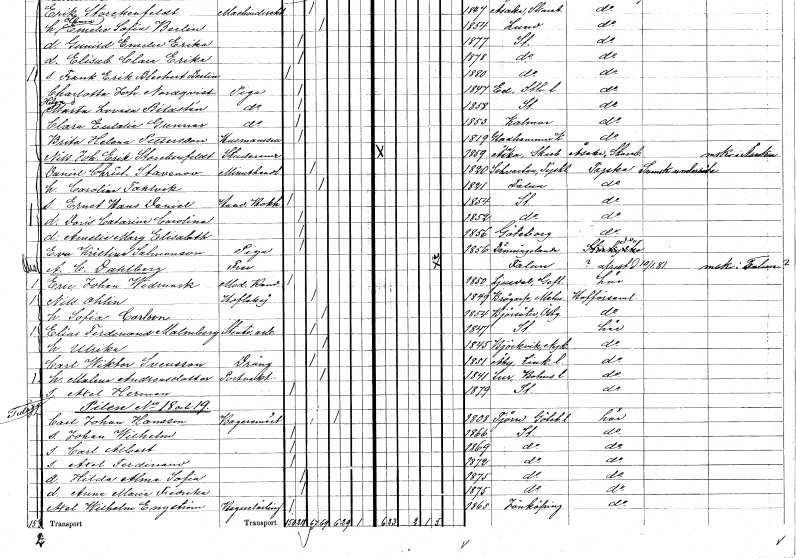
gt_parse: households: individuals: FN: Carolina
EN: Tahlvik
KON: K
CIV: G
FODAR: 1821
FODFORS: Falun Kopparbergs län
FN: Ernst Hans Daniel
YRKE: Handelsbokhållare
KON: M
CIV: O
FODAR: 1854
FODFORS: Stockholm
FN: Doris Catarina Carolina
KON: K
CIV: O
FODAR: 1852
FODFORS: Stockholm
FN: Amelie Mary Elisabeth
KON: K
CIV: O
FODAR: 1856
FODFORS: Göteborg Göteborgs- och Bohuslän
FN: Eva Kristina
EN: Salmonson
YRKE: Piga
KON: K
CIV: O
FODAR: 1856
FODFORS: Dänningelanda Kronobergs län
FN: A. C.
EN: Dahlberg
KON: K
CIV: E
FODAR: ????
FODFORS: Falun Kopparbergs län
FN: Eric Johan
EN: Widmark
YRKE: Medicine kandidat
KON: M
CIV: O
FODAR: 1850
FODFORS: Ljusdal Gävleborgs län
FN: Nils
EN: Ohlin
YRKE: Hovlakej
KON: M
CIV: G
FODAR: 1849
FODFORS: Brågarp Malmöhus län
FN: Sofia
EN: Carlson
KON: K
CIV: G
FODAR: 1854
FODFORS: Björsäter Östergötlands län
FN: Elias Ferdinand
EN: Malmberg
YRKE: Stentryckeriarbetare
KON: M
CIV: G
FODAR: 1847
FODFORS: Stockholm
FN: Ulrika
KON: K
CIV: G
FODAR: 1845
FODFORS: Björkvik Södermanlands län
FN: Carl Wiktor
EN: Svensson
YRKE: Dräng
KON: M
CIV: G
FODAR: 1851
FODFORS: Åby Östergötlands län
FN: Malena
EN: Andreasdotter
YRKE: Portvakt
KON: K
CIV: G
FODAR: 1841
FODFORS: Lur Göteborgs- och Bohuslän
FN: Axel Herman
KON: M
CIV: O
FODAR: 1879
FODFORS: Stockholm
FN: Carl Johan
EN: Hansson
YRKE: Bagarmästare
KON: M
CIV: E
FODAR: 1838
FODFORS: Tjörn Göteborgs- och Bohuslän
FN: Johan Wilhelm
KON: M
CIV: O
FODAR: 1866
FODFORS: Stockholm
FN: Carl Albert
KON: M
CIV: O
FODAR: 1869
FODFORS: Stockholm
FN: Axel Ferdinand
KON: M
CIV: O
FODAR: 1872
FODFORS: Stockholm
FN: Hilda Alma Sofia
KON: K
CIV: O
FODAR: 1875
FODFORS: Stockholm
FN: Anna Maria Fredrika
KON: K
CIV: O
FODAR: 1875
FODFORS: Stockholm
FN: Axel Wilhelm
EN: Engström
YRKE: Bagerilärling
KON: M
CIV: O
FODAR: 1865
FODFORS: Jönköping Jönköpings län